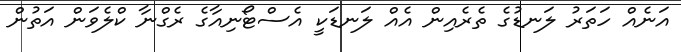
އަނެއް ހަތަރު ލަނޑުގެ ތެރެއިން އެއް ލަނޑަކީ އެސްޓޯނިއާގެ ރެގްނާ ކްލެވަން އަތުން